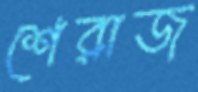
শেরাজ